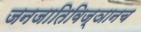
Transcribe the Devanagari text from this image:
जनजातिविज्ञानच